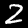
Digit: 2